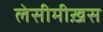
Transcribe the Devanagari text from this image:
लेसीमीख़स